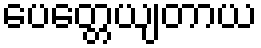
ပေတ္တေယျတာယ